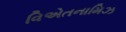
વિએતનામિઝ